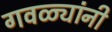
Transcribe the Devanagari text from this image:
गवळ्यांनी